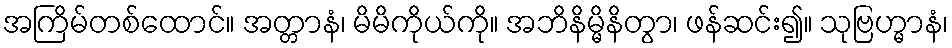
အကြိမ်တစ်ထောင်။ အတ္တာနံ၊ မိမိကိုယ်ကို။ အဘိနိမ္မိနိတွာ၊ ဖန်ဆင်း၍။ သုဗြဟ္မာနံ၊